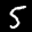
Label: 5